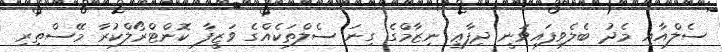
ސެލްއާއި މެދު ބެލެވިފައިވަނީ ދިފާޢީ ނިޒާމްގެ ގިނަ ސެލްތަކެއްގެ ވަޒީފާ ކޮންޓްރޯލްކުރާ މޭސްތިރި